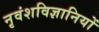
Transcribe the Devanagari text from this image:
नृवंशविज्ञानियों